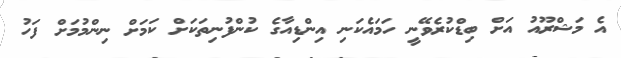
އެ މަޝްރޫއު އަށް ބިޑްކުރެވޭނީ ހަމައެކަނި އިންޑިއާގެ ކުންފުނިތަކަށް ކަމަށް ނިންމުމަށް ފަހު